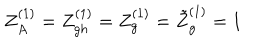
LaTeX: Z _ { A } ^ { ( 1 ) } = Z _ { g h } ^ { ( 1 ) } = Z _ { g } ^ { ( 1 ) } = \tilde { Z } _ { g } ^ { ( 1 ) } = 1